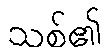
သစ်၏